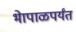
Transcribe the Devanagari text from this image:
भेापाळपर्यंत